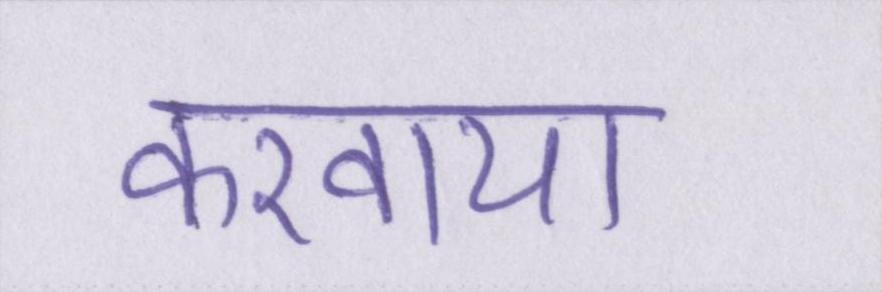
करवाया